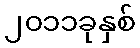
၂၀၁၁ခုနှစ်